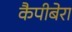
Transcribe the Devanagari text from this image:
कैपीबेरा